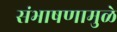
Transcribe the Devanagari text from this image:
संभाषणामुळे